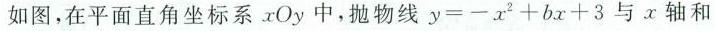
如图，在平面直角坐标系xOy中，抛物线$$y = - x ^ { 2 } + b x + 3$$与x轴和